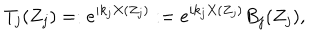
T _ { j } ( Z _ { j } ) = : e ^ { i k _ { j } X ( Z _ { j } ) } : = e ^ { i k _ { j } X ( Z _ { j } ) } B _ { j } ( Z _ { j } ) ,